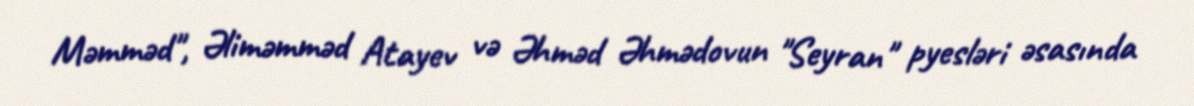
Məmməd", Əliməmməd Atayev və Əhməd Əhmədovun "Seyran" pyesləri əsasında